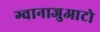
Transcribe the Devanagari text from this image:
ग्वानाजुआटो